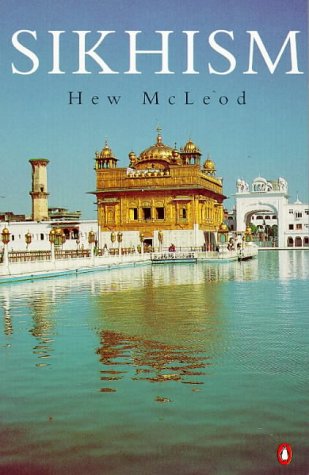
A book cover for Sikhism; Hew McLeod; Religion & Spirituality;